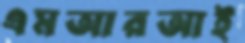
এমআরআই